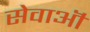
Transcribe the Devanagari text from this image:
सेवाऒं